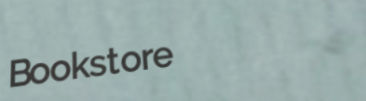
Bookstore